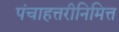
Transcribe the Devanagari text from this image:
पंचाहत्तरीनिमित्त